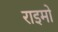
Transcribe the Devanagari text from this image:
राइमो